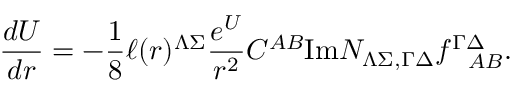
{ \frac { d U } { d r } } = - { \frac { 1 } { 8 } } \ell ( r ) ^ { \Lambda \Sigma } { \frac { e ^ { U } } { r ^ { 2 } } } C ^ { A B } \mathrm { I m } { \cal N } _ { \Lambda \Sigma , \Gamma \Delta } f _ { ~ ~ A B } ^ { \Gamma \Delta } .